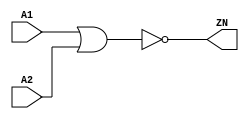
module NOR2_X4 (A1, A2, ZN);
  input A1;
  input A2;
  output ZN;

  not(ZN, i_16);
  or(i_16, A1, A2);


endmodule